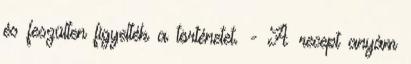
és feszülten figyelték a történetet. - A recept anyám